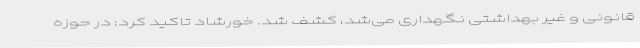
قانونی و غیر بهداشتی نگهداری می‌شد، کشف شد. خورشاد تاکید کرد: در حوزه